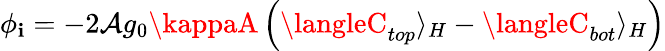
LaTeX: \phi_{\mathbf{i}}=-2\mathcal{{A}}g_{0}\kappaA\left(\langleC_{top}\rangle_{H}-\langleC_{bot}\rangle_{H}\right)